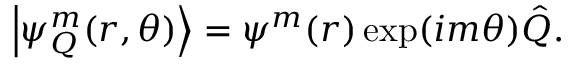
\left| \psi _ { Q } ^ { m } ( r , \theta ) \right\rangle = \psi ^ { m } ( r ) \exp ( i m \theta ) \hat { Q } .